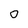
Character: O